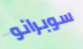
سوبرانو